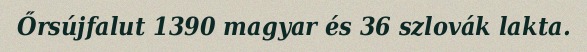
Őrsújfalut 1390 magyar és 36 szlovák lakta.